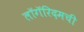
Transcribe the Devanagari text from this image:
लॉगॅरिदमची